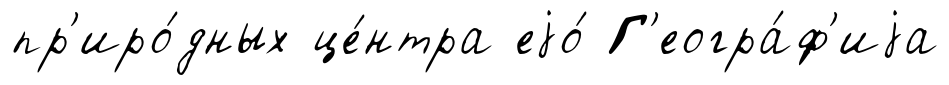
пр'иро́дных це́нтра еjо́ Г'еогра́ф'иjа